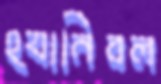
হ্যানিবল